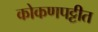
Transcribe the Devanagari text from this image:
कोकणपट्टीत